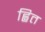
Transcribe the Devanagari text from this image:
ह्वित